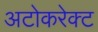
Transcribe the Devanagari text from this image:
अटोकरेक्ट